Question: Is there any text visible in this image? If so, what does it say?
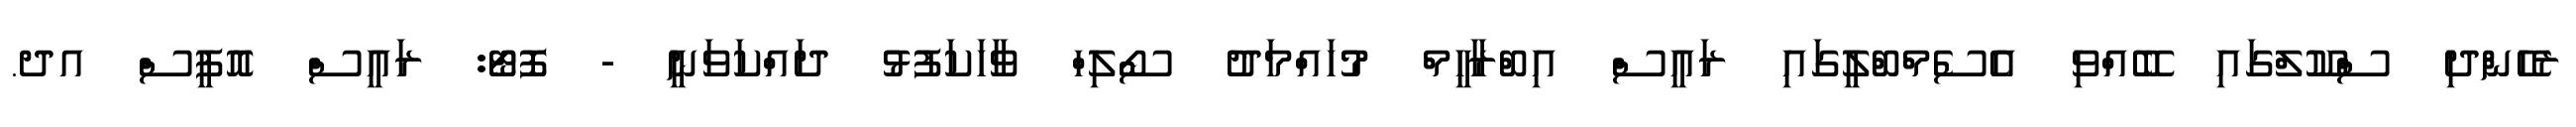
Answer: ރެހެންދި ސްކޫލްގައި ބޭއްވި އެސެމްބްލީގައި ރައީސް އިބްރާހީމް މުހައްމަދު ސޯލިހް ވާހަކަފުޅު ދައްކަވަނީ - ފޮޓޯ: ރައީސް އޮފީސް އދ.